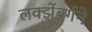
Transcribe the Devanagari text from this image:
लक्झेंबर्गने